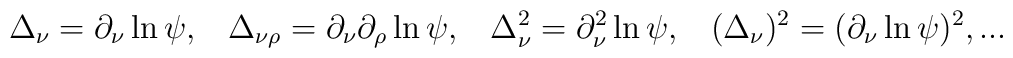
\Delta_\nu=\partial_\nu\ln\psi,\;\;\;\Delta_{\nu\rho}=\partial_\nu\partial_\rho\ln\psi,\;\;\;\Delta_\nu^2=\partial_\nu^2\ln\psi,\;\;\;(\Delta_\nu)^2=(\partial_\nu\ln\psi)^2,...